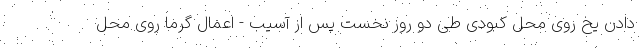
دادن یخ روی محل کبودی طی دو روز نخست پس از آسیب - اعمال گرما روی محل